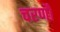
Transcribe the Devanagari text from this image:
चरणौ